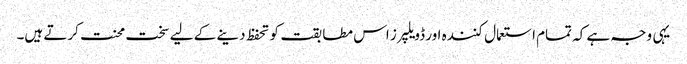
یہی وجہ ہے کہ تمام استعمال کنندہ اور ڈویلپرز اس مطابقت کو تحفظ دینے کے لیے سخت محنت کرتے ہیں۔